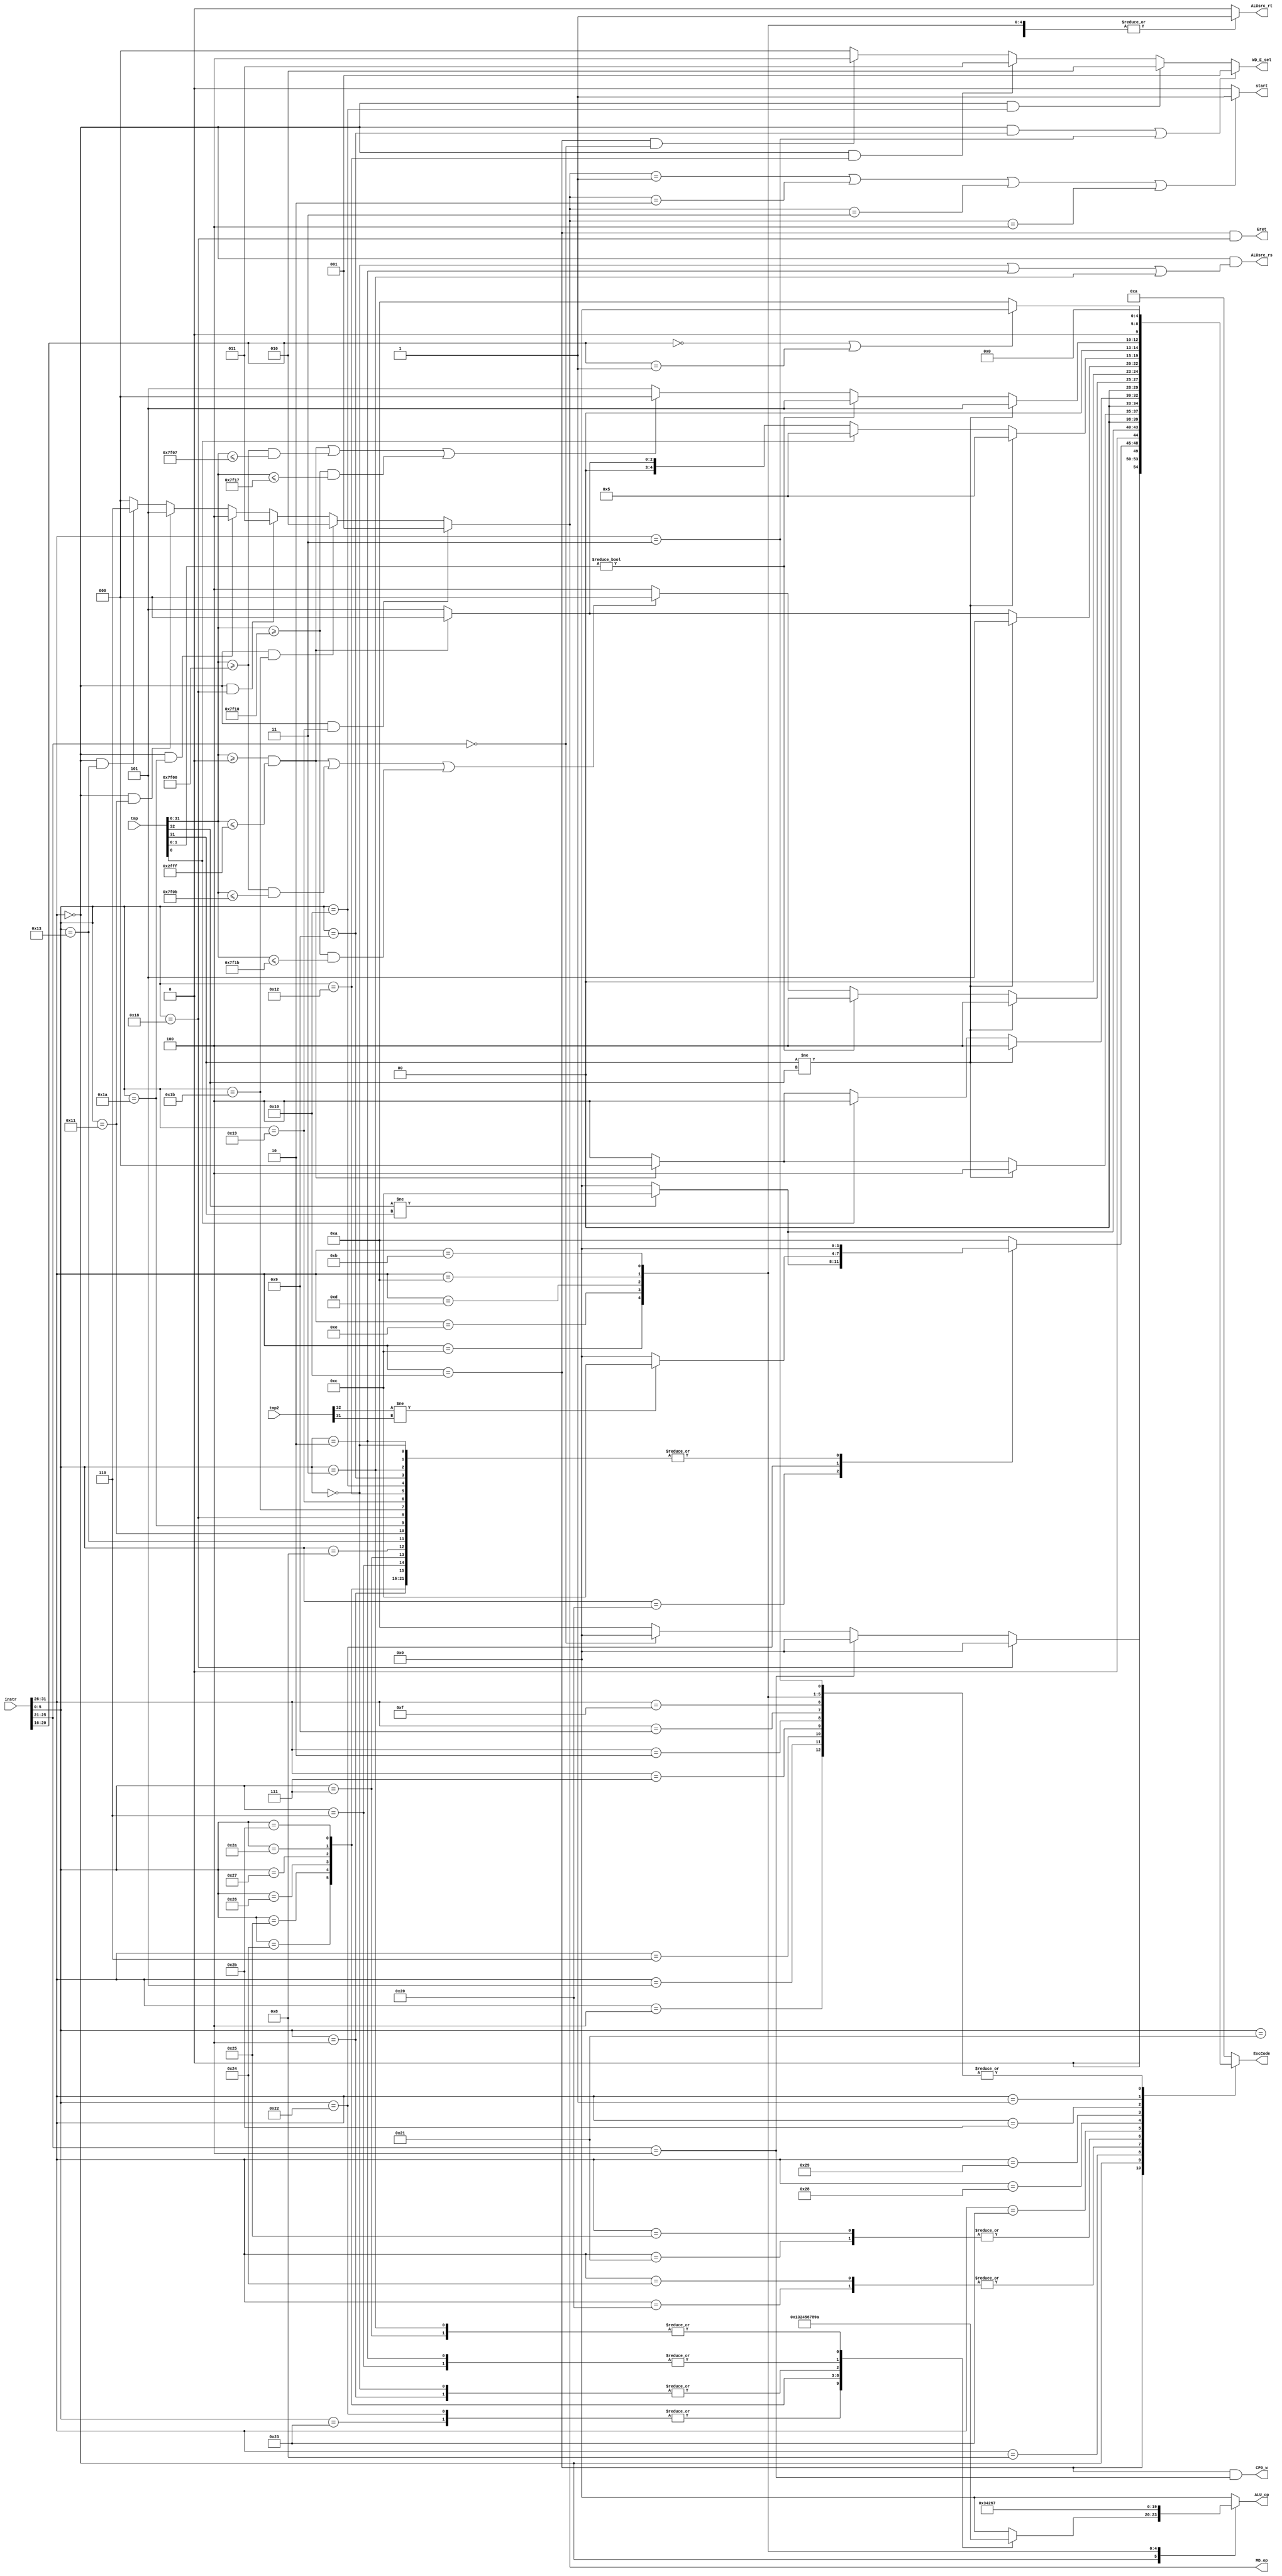
`timescale 1ns / 1ps
`define op 31:26
`define func 5:0
`define rs 25:21
`define rt 20:16
`define rd 15:11
//////////////////////////////////////////////////////////////////////////////////
// Company: 
// Engineer: 
// 
// Design Name: 
// Module Name:    CON_E_module 
// Project Name: 
// Target Devices: 
// Tool versions: 
// Description: 
//
// Dependencies: 
//
// Revision: 
// Revision 0.01 - File Created
// Additional Comments: 
//
//////////////////////////////////////////////////////////////////////////////////
module CON_E_module(
	 input [31:0] instr,
	 input [32:0] tmp,
	 input [32:0] tmp2,
	 output reg [4:0] ExcCode,
    output ALUsrc_rs,
	 output reg ALUsrc_rt,
	 output start,
	 output [2:0] MD_op,
    output reg [3:0] ALU_op,
	 output [2:0] WD_E_sel,
	 output CP0_w,
	 output Eret
    );
	 
	parameter r_op   = 6'b000000,
				 add    = 6'b100000,
				 addu   = 6'b100001,
				 sub    = 6'b100010,
				 subu   = 6'b100011,
				 And    = 6'b100100,
				 Or     = 6'b100101,
				 Xor    = 6'b100110,
				 Nor    = 6'b100111,
				 slt    = 6'b101010,
				 sltu   = 6'b101011,
				 sll    = 6'b000000,
				 srl    = 6'b000010,
				 sra    = 6'b000011,
				 sllv   = 6'b000100,
				 srlv   = 6'b000110,
				 srav   = 6'b000111,
				 jr     = 6'b001000,
				 jalr   = 6'b001001,
				 mult   = 6'b011000,
				 multu  = 6'b011001,
				 div    = 6'b011010,
				 divu   = 6'b011011,
				 mfhi   = 6'b010000,
				 mflo   = 6'b010010,
				 mthi   = 6'b010001,
				 mtlo   = 6'b010011,
				 
				 addi   = 6'b001000,
				 addiu  = 6'b001001,
				 andi   = 6'b001100,
				 ori    = 6'b001101,
				 xori   = 6'b001110,
				 lui    = 6'b001111,
				 slti   = 6'b001010,
				 sltiu  = 6'b001011,
				 lb     = 6'b100000,
				 lbu	  = 6'b100100,
				 lh     = 6'b100001,
				 lhu    = 6'b100101,
				 lw     = 6'b100011,
				 sb	  = 6'b101000,
				 sh     = 6'b101001,
				 sw     = 6'b101011,
				 beq    = 6'b000100,
				 bne    = 6'b000101,
				 blez   = 6'b000110,
				 bgtz   = 6'b000111,
				 bltz_bgez = 6'b000001,
				 bltz = 5'b00000,
				 bgez = 5'b00001,
				 jal    = 6'b000011,
				 COP0   = 6'b010000,
				 eret   = 6'b011000,
				 mtc0   = 5'b00100,
				 mfc0   = 5'b00000,
				 j      = 6'b000010;
	
	assign ALUsrc_rs = (instr[`op]==r_op&&(instr[`func]==sll||instr[`func]==srl||instr[`func]==sra));
	assign WD_E_sel  = ((instr[`op]==r_op&&instr[`func]==jalr)||instr[`op]==jal)?1:
							 (instr[`op]==r_op&&instr[`func]==mfhi)?2:
							 (instr[`op]==r_op&&instr[`func]==mflo)?3:
							 (instr[`op]==COP0&&instr[`rs]==mfc0)?4:0;
	assign MD_op     = (instr[`op]==r_op&&instr[`func]==multu)?1:
							 (instr[`op]==r_op&&instr[`func]==divu)?2:
							 (instr[`op]==r_op&&instr[`func]==mult)?3:
							 (instr[`op]==r_op&&instr[`func]==div)?4:
							 (instr[`op]==r_op&&instr[`func]==mthi)?5:
							 (instr[`op]==r_op&&instr[`func]==mtlo)?6:0;
	assign start     = (MD_op==1||MD_op==2||MD_op==3||MD_op==4)?1:0;
	assign CP0_w     = (instr[`op]==COP0&&instr[`rs]==mtc0);
	assign Eret      = (instr[`op]==COP0&&instr[`func]==eret);
	
	always @(*)begin
		case(instr[`op])
		COP0:begin
			if(instr[`func] == eret)begin
				ALUsrc_rt = 0;
				ALU_op    = 0;
				ExcCode   = 0;
			end
			else if(instr[`rs] == mtc0)begin
				ALUsrc_rt = 0;
				ALU_op    = 0;
				ExcCode   = 0;
			end
			else if(instr[`rs] == mfc0)begin
				ALUsrc_rt = 0;
				ALU_op    = 0;
				ExcCode   = 0;
			end
			else begin
				ALUsrc_rt = 0;
				ALU_op    = 0;
				ExcCode   = 10;
			end
		end
		r_op:begin
			case(instr[`func])
				add:begin
					ALUsrc_rt = 0;
					ALU_op    = 0;
					if(tmp[32]!=tmp[31])begin
						ExcCode = 12;
					end
					else begin
						ExcCode = 0;
					end
				end
				addu:begin
					ALUsrc_rt = 0;
					ALU_op    = 0;
					ExcCode   = 0;
				end
				sub:begin
					ALUsrc_rt = 0;
					ALU_op    = 1;
					if(tmp2[32]!=tmp2[31])begin
						ExcCode = 12;
					end
					else begin
						ExcCode = 0;
					end
				end
				subu:begin
					ALUsrc_rt = 0;
					ALU_op    = 1;
					ExcCode   = 0;
				end
				And:begin
					ALUsrc_rt = 0;
					ALU_op    = 3;
					ExcCode   = 0;
				end
				Or:begin
					ALUsrc_rt = 0;
					ALU_op    = 2;
					ExcCode   = 0;
				end
				Xor:begin
					ALUsrc_rt = 0;
					ALU_op    = 4;
					ExcCode   = 0;
				end
				Nor:begin
					ALUsrc_rt = 0;
					ALU_op    = 5;
					ExcCode   = 0;
				end
				slt:begin
					ALUsrc_rt = 0;
					ALU_op    = 6;
					ExcCode   = 0;
				end
				sltu:begin
					ALUsrc_rt = 0;
					ALU_op    = 7;
					ExcCode   = 0;
				end
				sll:begin
					ALUsrc_rt = 0;
					ALU_op    = 8;
					ExcCode   = 0;
				end
				srl:begin
					ALUsrc_rt = 0;
					ALU_op    = 9;
					ExcCode   = 0;
				end
				sra:begin
					ALUsrc_rt = 0;
					ALU_op    = 10;
					ExcCode   = 0;
				end
				sllv:begin
					ALUsrc_rt = 0;
					ALU_op    = 8;
					ExcCode   = 0;
				end
				srlv:begin
					ALUsrc_rt = 0;
					ALU_op    = 9;
					ExcCode   = 0;
				end
				srav:begin
					ALUsrc_rt = 0;
					ALU_op    = 10;
					ExcCode   = 0;
				end
				jr:begin
					ALUsrc_rt = 0;
					ALU_op    = 0;
					ExcCode   = 0;
				end
				jalr:begin
					ALUsrc_rt = 0;
					ALU_op    = 0;
					ExcCode   = 0;
				end
				mult:begin
					ALUsrc_rt = 0;
					ALU_op    = 0;
					ExcCode   = 0;
				end
				multu:begin
					ALUsrc_rt = 0;
					ALU_op    = 0;
					ExcCode   = 0;
				end
				div:begin
					ALUsrc_rt = 0;
					ALU_op    = 0;
					ExcCode   = 0;
				end
				divu:begin
					ALUsrc_rt = 0;
					ALU_op    = 0;
					ExcCode   = 0;
				end
				mfhi:begin
					ALUsrc_rt = 0;
					ALU_op    = 0;
					ExcCode   = 0;
				end
				mflo:begin
					ALUsrc_rt = 0;
					ALU_op    = 0;
					ExcCode   = 0;
				end
				mthi:begin
					ALUsrc_rt = 0;
					ALU_op    = 0;
					ExcCode   = 0;
				end
				mtlo:begin
					ALUsrc_rt = 0;
					ALU_op    = 0;
					ExcCode   = 0;
				end
				default begin
					ALUsrc_rt = 0;
					ALU_op    = 0;
					ExcCode   = 10;
				end
			endcase
		end
		addi:begin
			ALUsrc_rt = 1;
			ALU_op    = 0;
			if(tmp[32]!=tmp[31])begin
				ExcCode = 12;
			end
			else begin
				ExcCode = 0;
			end
		end
		addiu:begin
			ALUsrc_rt = 1;
			ALU_op    = 0;
			ExcCode   = 0;
		end
		andi:begin
			ALUsrc_rt = 1;
			ALU_op    = 3;
			ExcCode   = 0;
		end
		xori:begin
			ALUsrc_rt = 1;
			ALU_op    = 4;
			ExcCode   = 0;
		end
		ori:begin
			ALUsrc_rt = 1;
			ALU_op    = 2;
			ExcCode   = 0;
		end
		lui:begin
			ALUsrc_rt = 1;
			ALU_op    = 0;
			ExcCode   = 0;
		end
		slti:begin
			ALUsrc_rt = 1;
			ALU_op    = 6;
			ExcCode   = 0;
		end
		sltiu:begin
			ALUsrc_rt = 1;
			ALU_op    = 7;
			ExcCode   = 0;
		end
		lb:begin
			ALUsrc_rt = 1;
			ALU_op    = 0;
			if(tmp[31]!=tmp[32])begin
				ExcCode = 4;
			end
			else if(!(tmp[31:0]>=32'h0000_0000&&tmp[31:0]<=32'h0000_2fff))begin
				ExcCode = 4;
			end
			else begin
				ExcCode = 0;
			end
		end
		lbu:begin
			ALUsrc_rt = 1;
			ALU_op    = 0;
			if(tmp[31]!=tmp[32])begin
				ExcCode = 4;
			end
			else if(!(tmp[31:0]>=32'h0000_0000&&tmp[31:0]<=32'h0000_2fff))begin
				ExcCode = 4;
			end
			else begin
				ExcCode = 0;
			end
		end
		lh:begin
			ALUsrc_rt = 1;
			ALU_op    = 0;
			if(tmp[31]!=tmp[32])begin
				ExcCode = 4;
			end
			else if(tmp[0]!=1'b0)begin
				ExcCode = 4;
			end
			else if(!(tmp[31:0]>=32'h0000_0000&&tmp[31:0]<=32'h0000_2fff))begin
				ExcCode = 4;
			end
			else begin
				ExcCode = 0;
			end
		end
		lhu:begin
			ALUsrc_rt = 1;
			ALU_op    = 0;
			if(tmp[31]!=tmp[32])begin
				ExcCode = 4;
			end
			else if(tmp[0]!=1'b0)begin
				ExcCode = 4;
			end
			else if(!(tmp[31:0]>=32'h0000_0000&&tmp[31:0]<=32'h0000_2fff))begin
				ExcCode = 4;
			end
			else begin
				ExcCode = 0;
			end
		end
		lw:begin
			ALUsrc_rt = 1;
			ALU_op    = 0;
			if(tmp[31]!=tmp[32])begin
				ExcCode = 4;
			end
			else if(tmp[1:0]!=2'b00)begin
				ExcCode = 4;
			end
			else if(!((tmp[31:0]>=32'h0000_0000&&tmp[31:0]<=32'h0000_2fff)||(tmp[31:0]>=32'h0000_7f00&&tmp[31:0]<=32'h0000_7f0b)||(tmp[31:0]>=32'h0000_7f10&&tmp[31:0]<=32'h0000_7f1b)))begin
				ExcCode = 4;
			end
			else begin
				ExcCode = 0;
			end
		end
		sb:begin
			ALUsrc_rt = 1;
			ALU_op    = 0;
			if(tmp[31]!=tmp[32])begin
				ExcCode = 5;
			end
			else if(!(tmp[31:0]>=32'h0000_0000&&tmp[31:0]<=32'h0000_2fff))begin
				ExcCode = 5;
			end
			else begin
				ExcCode = 0;
			end
		end
		sh:begin
			ALUsrc_rt = 1;
			ALU_op    = 0;
			if(tmp[31]!=tmp[32])begin
				ExcCode = 5;
			end
			else if(tmp[0]!=1'b0)begin
				ExcCode = 5;
			end
			else if(!(tmp[31:0]>=32'h0000_0000&&tmp[31:0]<=32'h0000_2fff))begin
				ExcCode = 5;
			end
			else begin
				ExcCode = 0;
			end
		end
		sw:begin
			ALUsrc_rt = 1;
			ALU_op    = 0;
			if(tmp[31]!=tmp[32])begin
				ExcCode = 5;
			end
			else if(tmp[1:0]!=2'b00)begin
				ExcCode = 5;
			end
			else if(!((tmp[31:0]>=32'h0000_0000&&tmp[31:0]<=32'h0000_2fff)||(tmp[31:0]>=32'h0000_7f00&&tmp[31:0]<=32'h0000_7f07)||(tmp[31:0]>=32'h0000_7f10&&tmp[31:0]<=32'h0000_7f17)))begin
				ExcCode = 5;
			end
			else begin
				ExcCode = 0;
			end
		end
		beq:begin
			ALUsrc_rt = 0;
			ALU_op    = 0;
			ExcCode   = 0;
		end
		bne:begin
			ALUsrc_rt = 0;
			ALU_op    = 0;
			ExcCode   = 0;
		end
		blez:begin
			ALUsrc_rt = 0;
			ALU_op    = 0;
			ExcCode   = 0;
		end
		bgtz:begin
			ALUsrc_rt = 0;
			ALU_op    = 0;
			ExcCode   = 0;
		end
		bltz_bgez:begin
			if(instr[`rt]==bltz||instr[`rt]==bgez)begin
				ALUsrc_rt = 0;
				ALU_op    = 0;
				ExcCode   = 0;
			end
			else begin
				ALUsrc_rt = 0;
				ALU_op    = 0;
				ExcCode   = 10;
			end
		end
		jal:begin
			ALUsrc_rt = 0;
			ALU_op    = 0;
			ExcCode   = 0;
		end
		j:begin
			ALUsrc_rt = 0;
			ALU_op    = 0;
			ExcCode   = 0;
		end
		default begin
			ALUsrc_rt = 0;
			ALU_op    = 0;
			ExcCode   = 10;
		end
		endcase
	end
endmodule